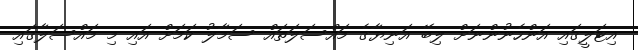
އިޓަލީގައި އަންހެނުންނަށް ލިބޭ އަނިޔާގެ މައްސަލަތައް ސަމާލު ކަމަށް އައި މި މައްސަލާގައި